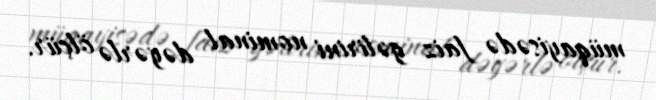
müqayisədə faiz gəlirini nominal dəyərlə ölçür.